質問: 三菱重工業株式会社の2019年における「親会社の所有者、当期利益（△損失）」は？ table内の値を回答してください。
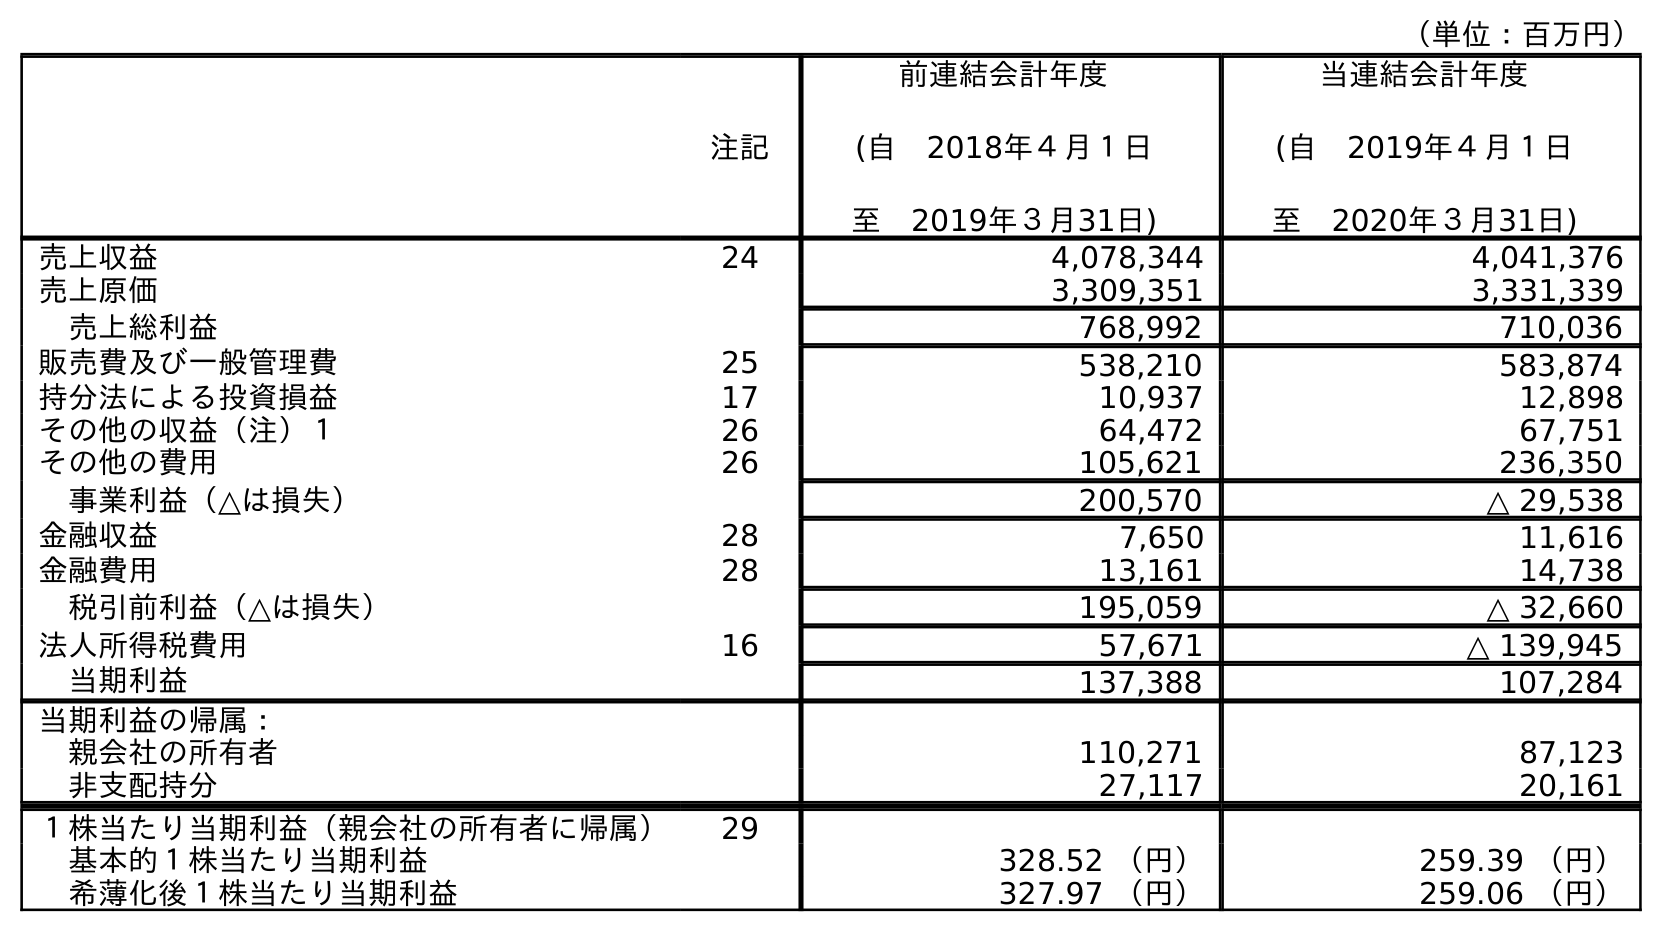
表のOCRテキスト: （単位：百万円） 注記 前連結会計年度 (自 2018年４月１日 至 2019年３月31日) 当連結会計年度 (自 2019年４月１日 至 2020年３月31日) 売上収益 24 4,078,344 4,041,376 売上原価 3,309,351 3,331,339 売上総利益 768,992 710,036 販売費及び一般管理費 25 538,210 583,874 持分法による投資損益 17 10,937 12,898 その他の収益（注）１ 26 64,472 67,751 その他の費用 26 105,621 236,350 事業利益（△は損失） 200,570 △ 29,538 金融収益 28 7,650 11,616 金融費用 28 13,161 14,738 税引前利益（△は損失） 195,059 △ 32,660 法人所得税費用 16 57,671 △ 139,945 当期利益 137,388 107,284 当期利益の帰属： 親会社の所有者 110,271 87,123 非支配持分 27,117 20,161 １株当たり当期利益（親会社の所有者に帰属） 29 基本的１株当たり当期利益 328.52 （円） 259.39 （円） 希薄化後１株当たり当期利益 327.97 （円） 259.06 （円）
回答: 110,271